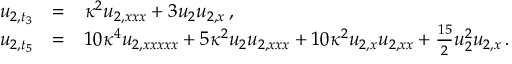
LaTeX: \begin{array} { r c l } { { u _ { 2 , t _ { 3 } } } } & { { = } } & { { \kappa ^ { 2 } u _ { 2 , x x x } + 3 u _ { 2 } u _ { 2 , x } \, , } } \\ { { u _ { 2 , t _ { 5 } } } } & { { = } } & { { 1 0 \kappa ^ { 4 } u _ { 2 , x x x x x } + 5 \kappa ^ { 2 } u _ { 2 } u _ { 2 , x x x } + 1 0 \kappa ^ { 2 } u _ { 2 , x } u _ { 2 , x x } + \frac { 1 5 } { 2 } u _ { 2 } ^ { 2 } u _ { 2 , x } \, . } } \end{array}